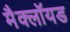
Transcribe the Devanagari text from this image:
मैक्लॉयड